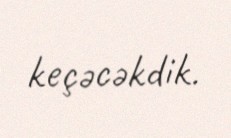
keçəcəkdik.